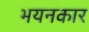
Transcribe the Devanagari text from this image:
भयनकार